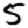
Digit: 5